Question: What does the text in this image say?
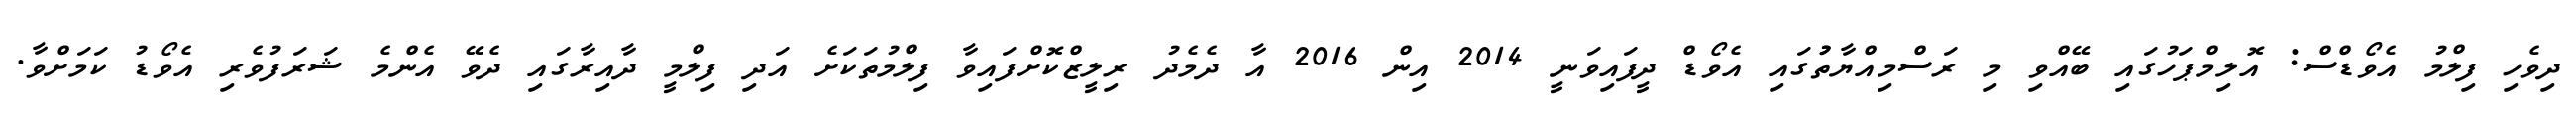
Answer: ދިވެހި ފިލްމު އެވޯޑްސް: އޮލިމްޕަހުގައި ބޭއްވި މި ރަސްމިއްޔާތުުގައި އެވޯޑް ދީފައިވަނީ 2014 އިން 2016 އާ ދެމެދު ރިލީޒްކޮށްފައިވާ ފިލްމުތަކަށެ އަދި ފިލްމީ ދާއިރާގައި ދެވޭ އެންމެ ޝަރަފުވެރި އެވޯޑު ކަމަށްވާ.